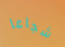
شجاعا